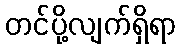
တင်ပို့လျက်ရှိရာ